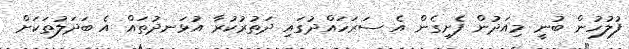
ފުލުހުން ބުނީ މިއަދުން ފެށިގެން އެ ސަރަހައްދުގައި ދަތުރުކުރާ އުޅަނދުތައް އެ ބަދަލުތަކަށް